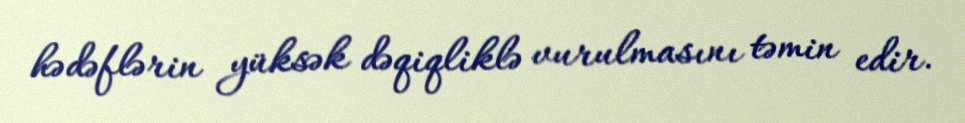
hədəflərin yüksək dəqiqliklə vurulmasını təmin edir.